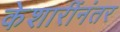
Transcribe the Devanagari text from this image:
केशारींनंतर